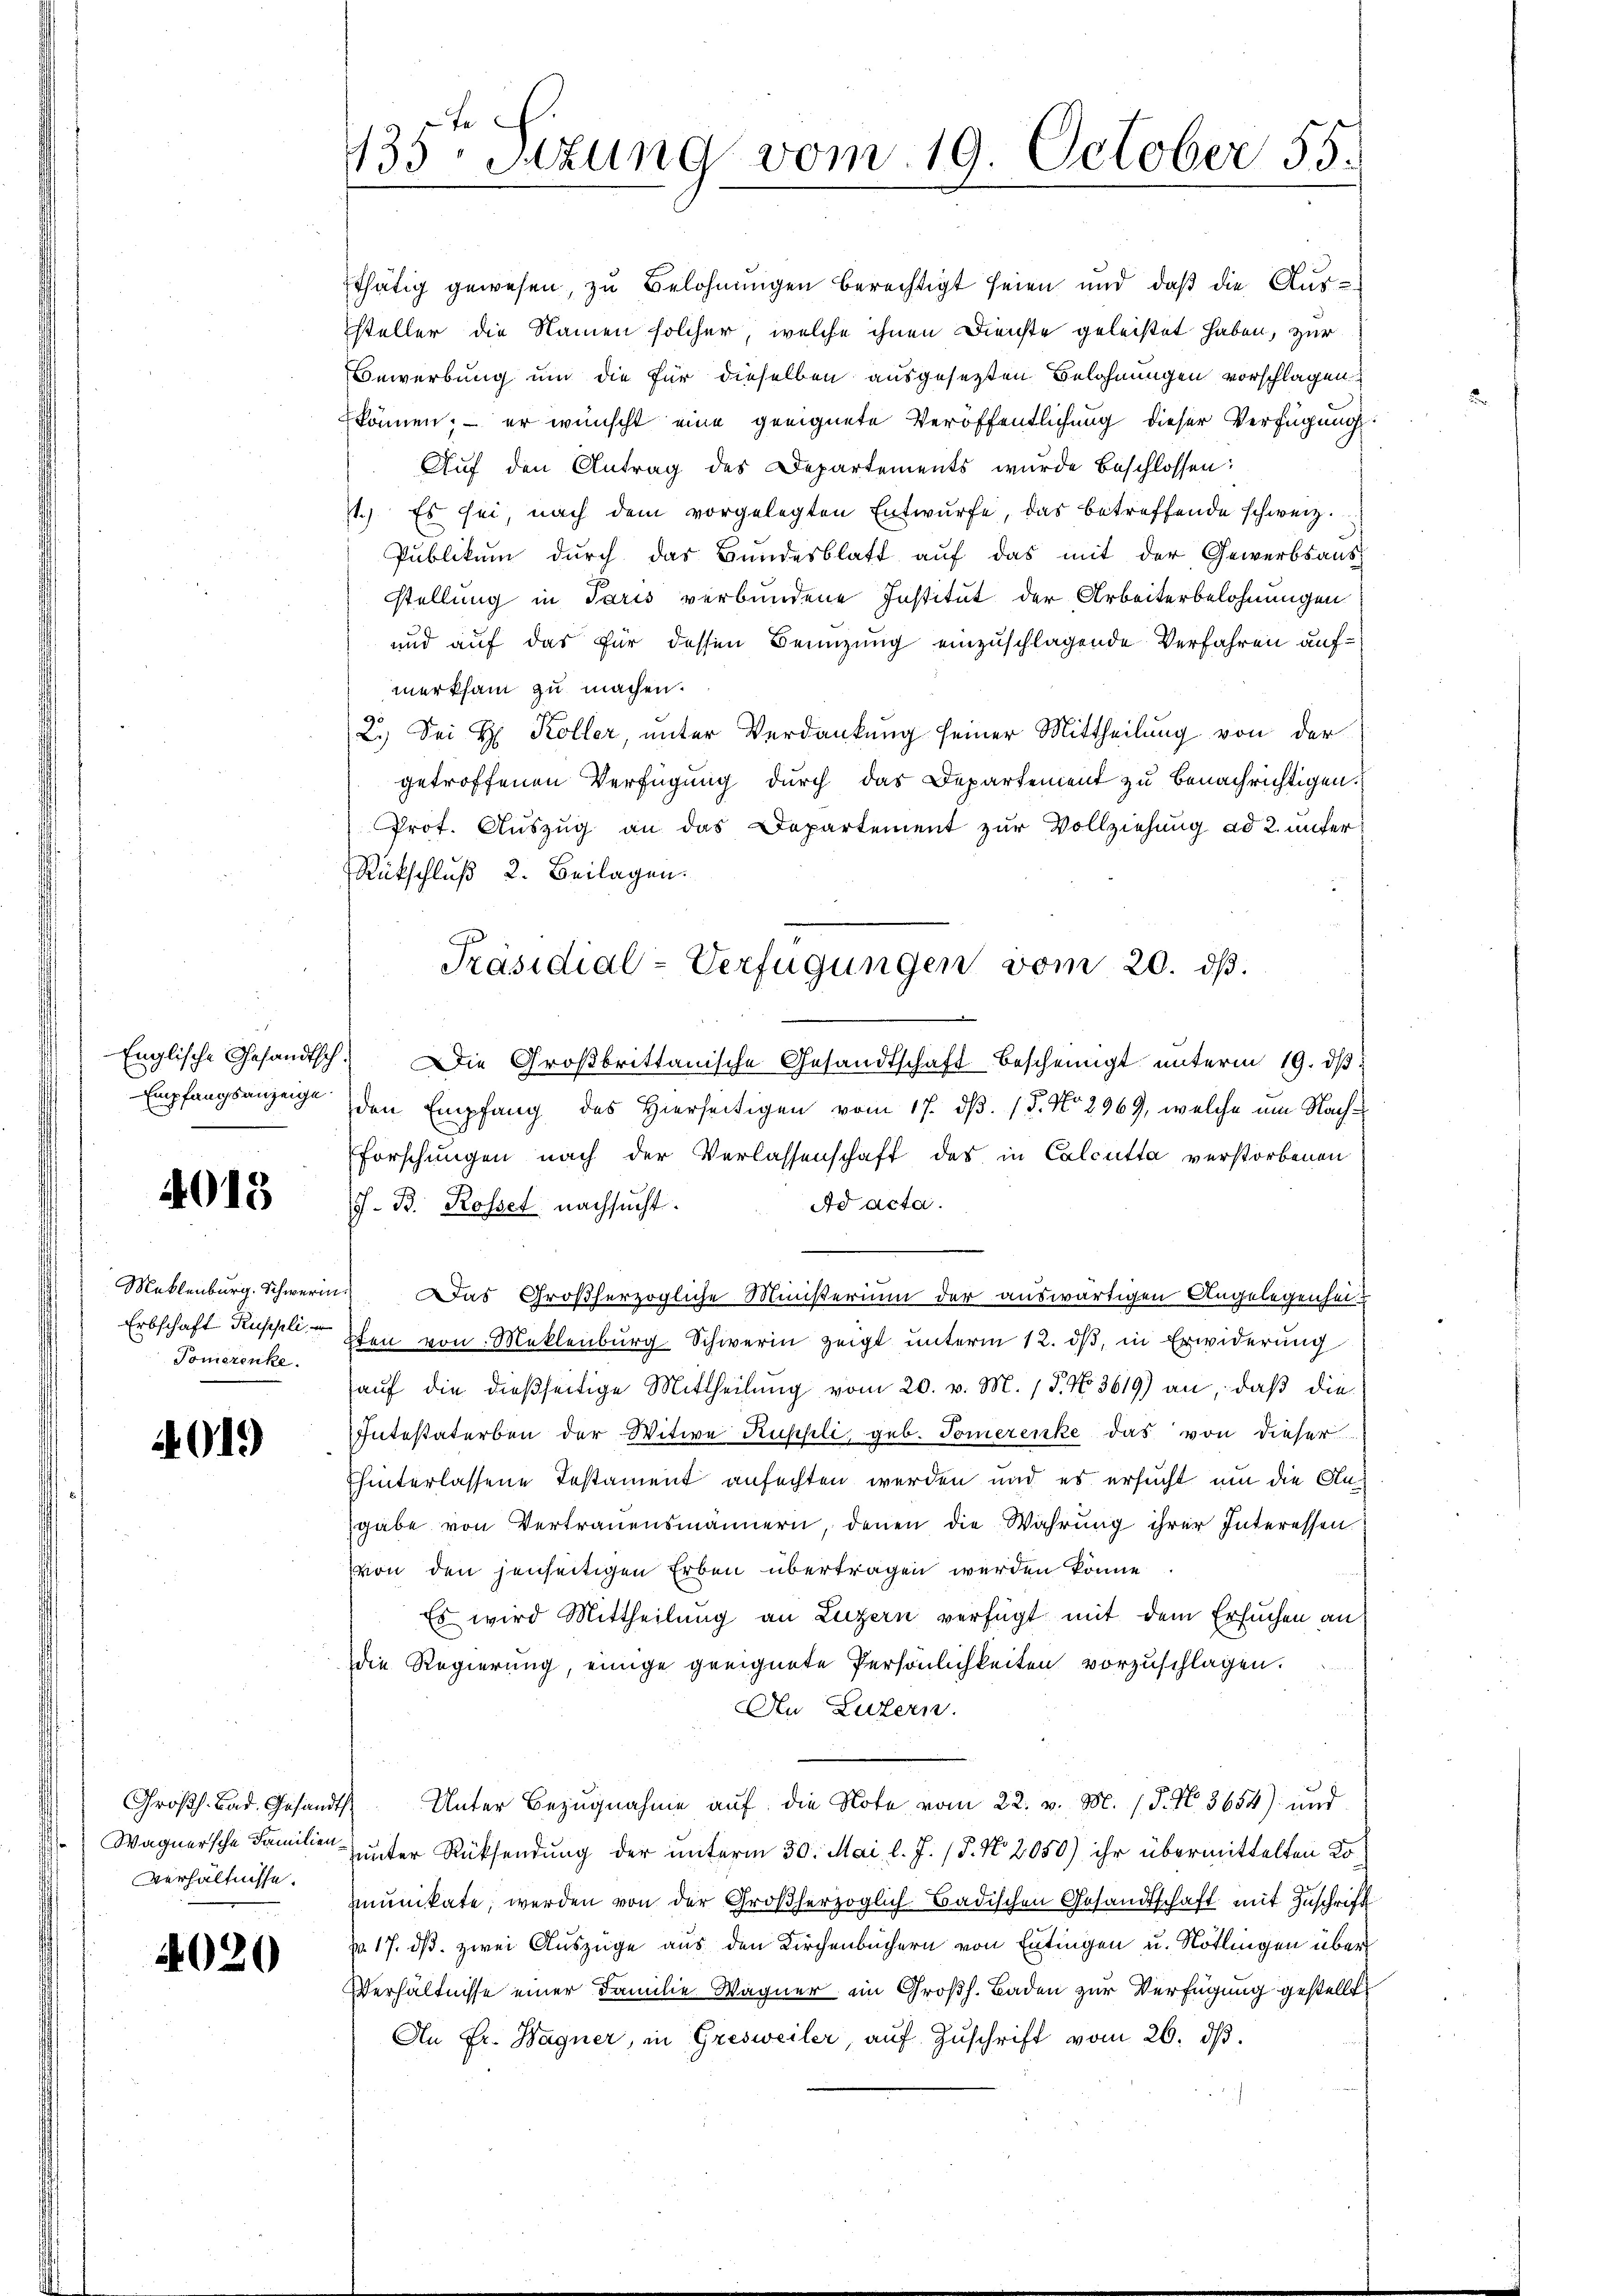
Empfangsanzeige
.

4018

Erbschaft Ruschli, er
Tomerenke.

4019)

Großh. Bad. Gesandts
Wagnersche Familien¬
Verhältnisse.

4020

135. Sitzung vom 19. October 55.

Ethätig gewesen, zu Belohnungen berechtigt seien und daß die Aussteller die Namen solcher, welche ihnen Dienste geleistet haben, zur
Bewerbung und die für dieselben ausgesetzten Belohnungen vorschlagen
können; – er wünscht eine geeignete Veröffentlichung dieser Verfügung
Auf den Antrag des Departements wurde beschlossen:
11.) Es sei, nach dem vorgelegten Entwurfe, das betreffende schweiz.
Publikum durch das Bundesblatt auf das mit der Gewerbsausstellung in Paris verbundene Institut der Arbeiterbelohnungen
und auf das für dessen Benuzung einzuschlagende Verfahren aufmerksam zu machen.
2.) Sei H. Koller, unter Verdankung seiner Mittheilung von der
getroffenen Verfügung durch das Departement zu benachrichtigen.
Prot. Auszug an das Departement zur Vollziehung ad 2. unter
Rückschluß 2. Beilagen.
Englische Gesandtsch. Die Großbrittanische Gesandtschaft bescheinigt unterm 19. dβ
den Empfang des Hierseitigen vom 17. d. 15. No 2969, welche um Nachforschungen nach der Verlassenschaft des in Calcutta verstorbenen
Ad acta.
J. B. Rossel nachsucht.
Meklenburg. Schwerin. Das Großherzogliche Ministerium der auswärtigen Angelegenhei¬
7ten von Meklenburg-Schwerin zeigt unterm 12. dβ, in Erwiderung
auf die dießseitige Mittheilung vom 20. v. M. 18. No. 3619) an, daß die
Intestaterben der Witwe Russli, geb. Tomerenke das von dieser
Thinterlassene Testament anfechten werden und es ersucht, um die Clasgabe von Vertrauensmännern, denen die Wahrŭng ihrer Interessen.
von den jenseitigen Erben übertragen werden könne
Es wird Mittheilung an Luzern verfügt mit dem Ersuchen an
die Regierung, einige geeignete Persönlichkeiten vorzuschlagen.
An Luzern.
Unter Bezugnahme auf die Note vom 22. v. M. 18. No. 3654) und
unter Rücksendung der unterm 30. Mai l. J. (§. N. 2050) ihr übermittelten Komunikate, werden von der Großherzoglich-Badischen Gesandtschaft mit Zuschrift
No. 17. ds. zwei Auszüge aus den Kirchenbüchern von Entingen u. Nötlingen über
Verhältnisse einer Familie Wagner im Großh. Baden zur Verfügung gestellt,
An Fr. Wagner, in Gresweiler, aŭf Zŭschrift vom 26. dβ.

Präsidial-Verfügungen vom 20. ds.